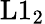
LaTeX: \mathrm{L}1_{2}